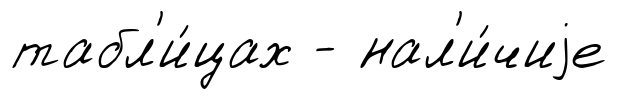
табл'и́цах - нал'и́чиjе